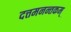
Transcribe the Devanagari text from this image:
दत्तमनन्तकम्